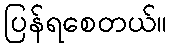
ပြန်ရစေတယ်။